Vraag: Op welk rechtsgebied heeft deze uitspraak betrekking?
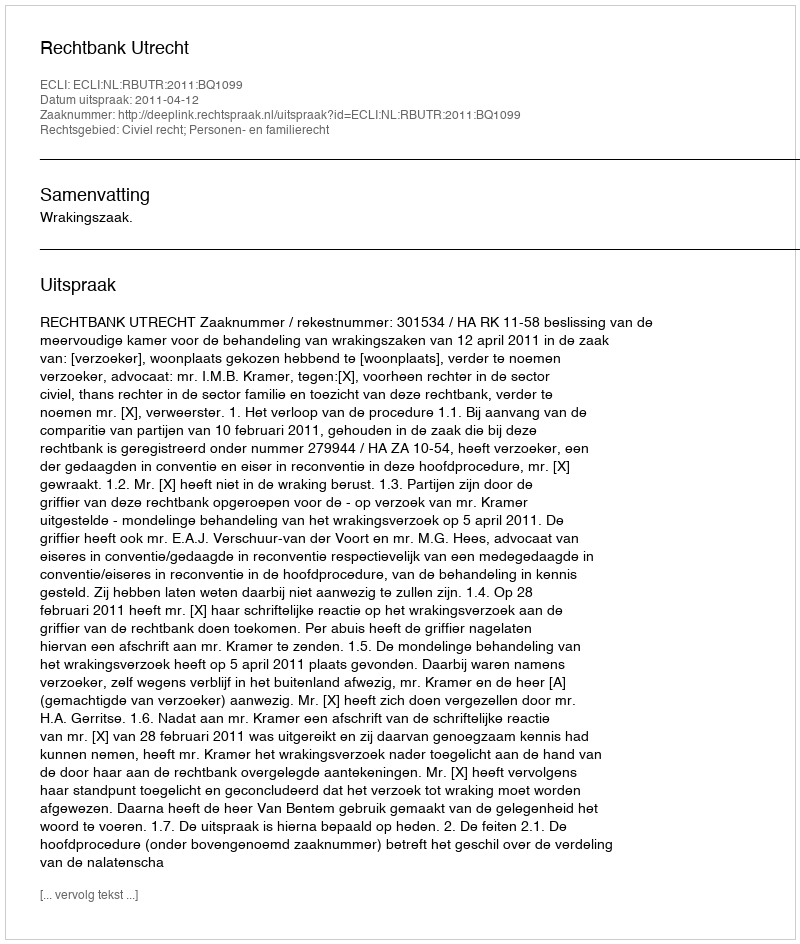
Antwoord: Civiel recht; Personen- en familierecht